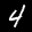
Label: 4